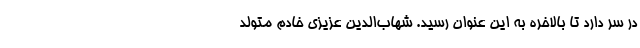
در سر دارد تا بالاخره به این عنوان رسید. شهاب‌الدین عزیزی خادم متولد